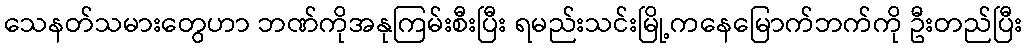
သေနတ်သမားတွေဟာ ဘဏ်ကိုအနုကြမ်းစီးပြီး ရမည်းသင်းမြို့ကနေမြောက်ဘက်ကို ဦးတည်ပြီး